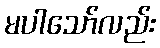
မပါသော်လည်း